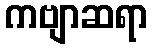
ကဗျာဆရာ